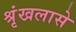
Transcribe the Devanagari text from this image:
श्रृंखलासे